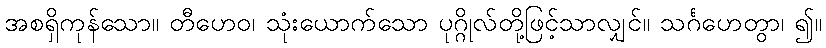
အစရှိကုန်သော။ တီဟေဝ၊ သုံးယောက်သော ပုဂ္ဂိုလ်တို့ဖြင့်သာလျှင်။ သင်္ဂဟေတွာ၊ ၍။